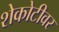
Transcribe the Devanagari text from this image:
शेकोटीवर